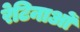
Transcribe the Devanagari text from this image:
रेटिनाओं